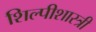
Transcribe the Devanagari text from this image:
शिल्पीशास्त्री